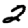
Digit: 2